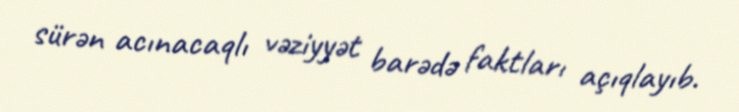
sürən acınacaqlı vəziyyət barədə faktları açıqlayıb.